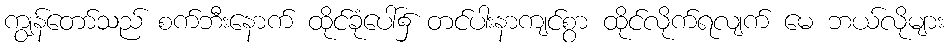
ကျွန်တော်သည် စက်ဘီးနောက် ထိုင်ခုံပေါ်၌ တင်ပါးနာကျင်စွာ ထိုင်လိုက်ရလျက် မေ ဘယ်လိုများ